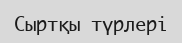
Сыртқы түрлері